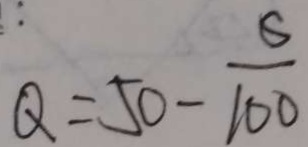
Q = 5 0 - \frac { 6 } { 1 0 0 }